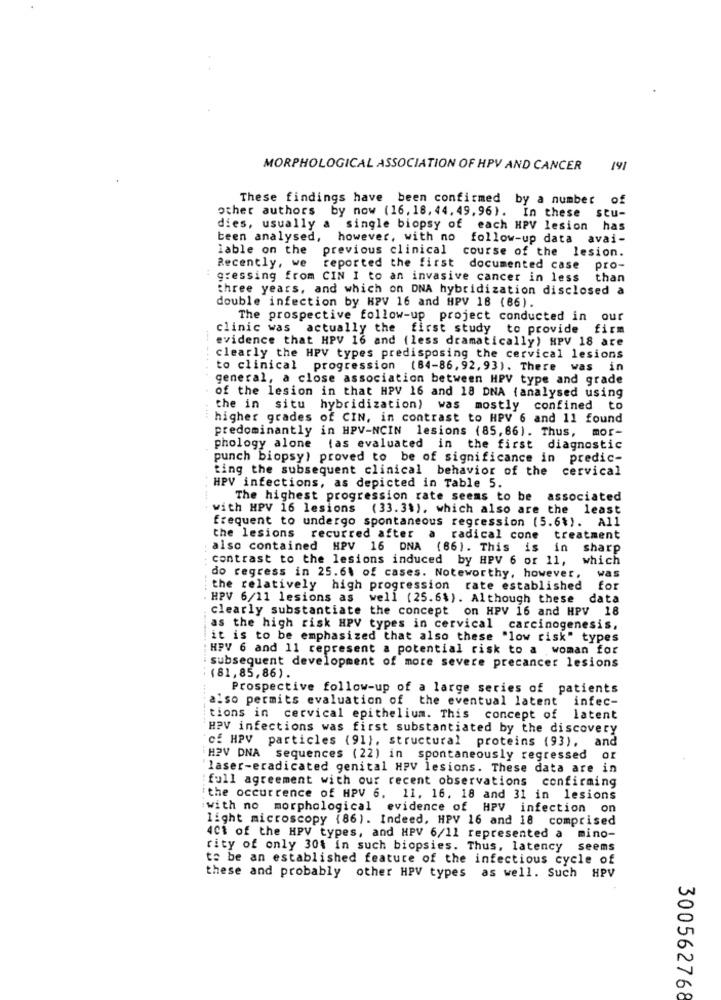
MORPHOLOGICAL ASSOCIATION OF HPV AND CANCER
141
These findings have been confirmed by a number of
other authors by now (16, 18, 44. 49, 96). In these stu-
dies, usually a single biopsy of each HPV lesion has
been analysed, however, with no follow-up data avai-
lable on the
previous clinical c
course of the lesion.
Recently, we
reported the first documented case pro-
gressing from CIN I to an invasive cancer in less than
three years, and which on DNA hybridization disclosed a
double infection by HPV 16 and HPV 18 (86).
The prospective follow-up project conducted in our
clinic was actually the first study to provide firm
evidence that HPV 16 and (less dramatically) HPV 18 are
clearly the HPV types predisposing the cervical lesions
to clinical progression (84-86,92, 93). There was in
general, a close association between HPV type and grade
of the lesion in that HPV 16 and 18 DNA ( analysed using
the in situ hybridization) was mostly confined to
higher grades of CIN, in contrast to HPV 6 and 11 found
predominantly in HPV-NCIN lesions (85,66). Thus, mor-
phology alone tas evaluated in the first diagnostic
punch biopsy) proved to be of significance in predic-
ting the subsequent clinical behavior of the cervical
HPV infections, as depicted in Table 5.
The highest progression rate seems to be associated
with HPV 16 lesions (33.3%), which also are the least
frequent to undergo spontaneous regression (5.6%). All
the lesions
recurred after a radical cone treatment
also contained HPV 16 DNA (66). This is in sharp
contrast to the lesions induced by HPV 6 or 11, which
was
do regress in 25.64 of cases. Noteworthy, however,
the relatively high progression rate established
for
HPV 6/11 lesions as well (25.6%). Although these
data
clearly substantiate the concept on HPV 16 and HPV 18
as the high risk HPV types in cervical carcinogenesis,
it is to be emphasized that also these "low risk" types
HPV 6 and 11 represent a potential risk to a woman for
subsequent development of more severe precancer lesions
(81,85,86).
Prospective follow-up of a large series of patients
also permits evaluation of the eventual latent infec-
tions in cervical epithelium. This concept of latent
HPV infections was first substantiated by the discovery
cf HPV particles (91), structural proteins (93), and
HPV DNA sequences (22) in spontaneously regressed or
laser-eradicated genital HPV lesions. These data are in
full agreement with our recent observations confirming
the occurrence of HPV 6. 11. 16. 18 and 31 in lesions
with no morphological evidence of HPV infection on
light microscopy (86). Indeed, HPV 16 and 18 comprised
4Ct of the HPV types, and HPV 6/11 represented a mino-
rity of only 304 in such biopsies. Thus, latency seems
to be an established feature of the infectious cycle of
these and probably other HPV types as well. Such HPV
300562768